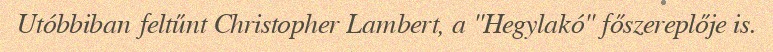
Utóbbiban feltűnt Christopher Lambert, a "Hegylakó" főszereplője is.